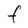
Character: f